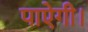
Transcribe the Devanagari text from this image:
पाऐगी।